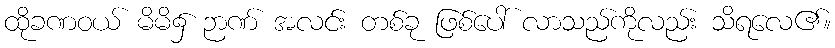
ထိုခဏဝယ် မိမိ၌ ဉာဏ် အလင်း တစ်ခု ဖြစ်ပေါ် လာသည်ကိုလည်း သိရလေ၏။